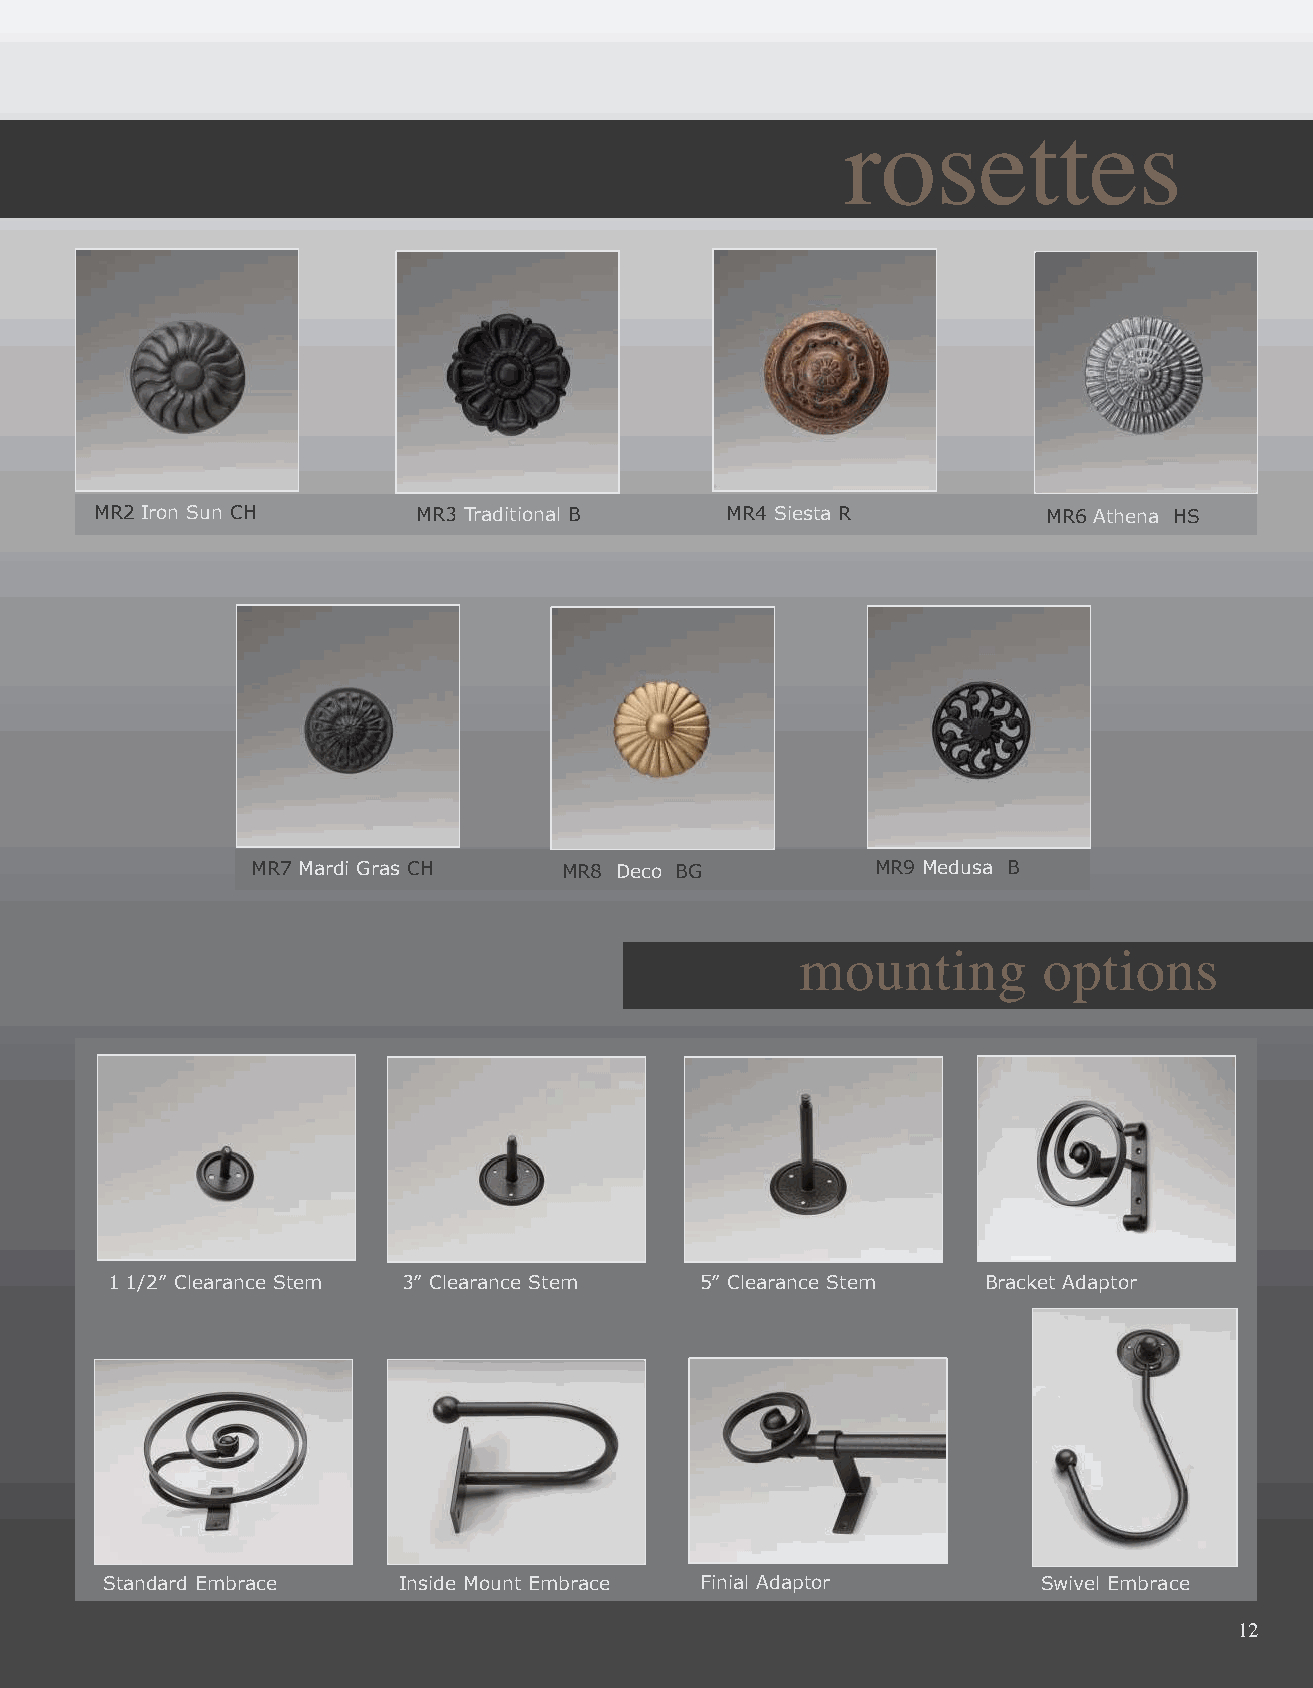
rosettes
 RB11 Classical R MR2 Iron Sun CH MR3 Traditional B MR4 Siesta R      MR6 Athena HS
 MR7 Mardi Gras CH   MR8 Deco BG          MR9 Medusa B
 mounting        options
 DS10 M. Forged Spiral BM
 1 1/2” Clearance Stem 3” Clearance Stem 5” Clearance Stem Bracket Adaptor
 Standard Embrace   Inside Mount Embrace Finial Adaptor        Swivel Embrace
 13
 12